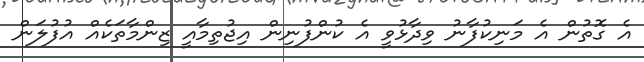
އެ ގޮތުން އެ މަނިކުފާނު ވިދާޅުވީ އެ ކުންފުނިން އިޖުތިމާއީ ޒިންމާތަކެއް އުފުލަން